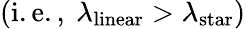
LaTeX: \left(\mathrm{i.e.,~}\lambda_{\mathrm{linear}}>\lambda_{\mathrm{star}}\right)